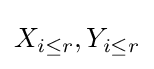
X_{i\leq r},Y_{i\leq r}